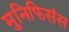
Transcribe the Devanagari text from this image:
मुनिफिसंस